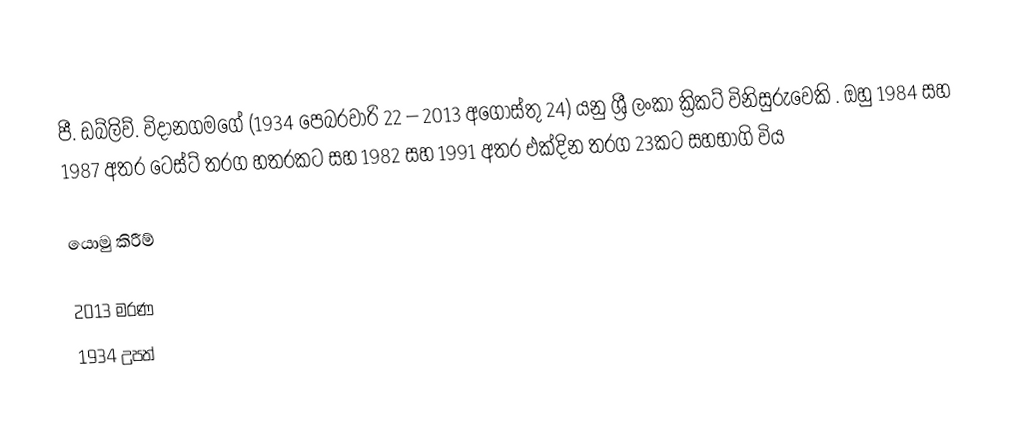
පී. ඩබ්ලිව්. විදානගමගේ (1934 පෙබරවාරි 22 – 2013 අගෝස්තු 24) යනු ශ්‍රී ලංකා ක්‍රිකට් විනිසුරුවෙකි . ඔහු 1984 සහ 1987 අතර ටෙස්ට් තරග හතරකට සහ 1982 සහ 1991 අතර එක්දින තරග 23කට සහභාගි විය

යොමු කිරීම්

2013 මරණ
1934 උපත්